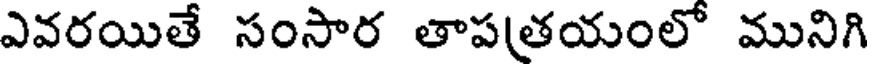
ఎవరయితే సంసార తాపత్రయంలో మునిగి